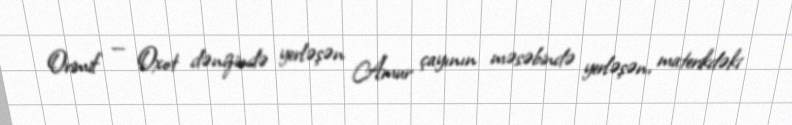
Orimif — Oxot dənizində yerləşən Amur çayının məsəbində yerləşən, materikdəki